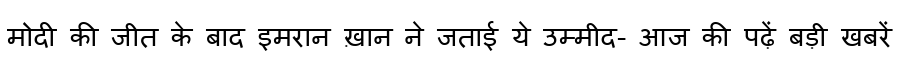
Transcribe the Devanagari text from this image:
मोदी की जीत के बाद इमरान ख़ान ने जताई ये उम्मीद- आज की पढ़ें बड़ी खबरें